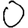
Digit: 0